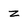
Character: z